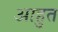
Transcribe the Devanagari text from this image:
आहुत